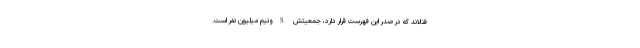
فنلاند که در صدر این فهرست قرار دارد، جمعیتش 5ونیم میلیون نفر است.